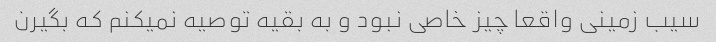
سیب زمینی واقعا چیز خاصی نبود و به بقیه توصیه نمیکنم که بگیرن